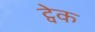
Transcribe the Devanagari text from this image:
ट्वेक